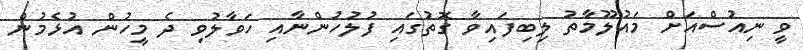
ވީ ނިއުސްއަށް މައުލޫމާތު ލިބިފައިވާ ގޮތުގައި ފުލުހުންނާއި ހަވާލުވި ދެ މީހުން އުޅެމުން